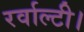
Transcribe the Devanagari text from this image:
रर्वाल्टी।